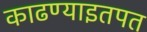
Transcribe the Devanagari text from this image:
काढण्याइतपत